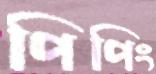
পিপিং